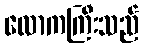
လောကကြီးသည်